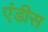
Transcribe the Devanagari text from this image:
एंडीस